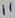
Text: 11